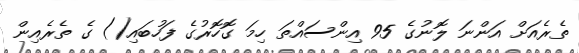
ތެރެއަށް އަންނަ ލޮނުގެ 95 އިންސައްތަ ހިމަ ގޮހޮރުގެ ފަހުބައި() ގެ ތެރެއިން